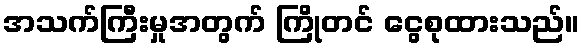
အသက်ကြီးမှုအတွက် ကြိုတင် ငွေစုထားသည်။